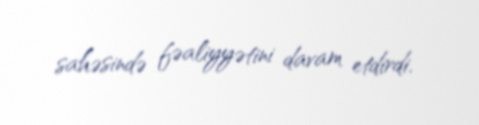
sahəsində fəaliyyətini davam etdirdi.